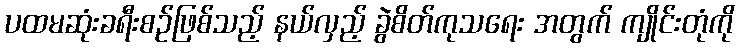
ပထမဆုံးခရီးစဉ်ဖြစ်သည့် နယ်လှည့် ခွဲစိတ်ကုသရေး အတွက် ကျိုင်းတုံကို